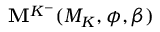
\mathbf { M } ^ { K ^ { - } } ( M _ { K } , \phi , \beta )